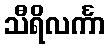
သီရိလင်္ကာ